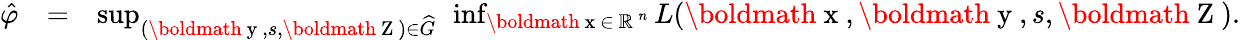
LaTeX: \begin{array}{rlr}{\hat{\varphi}}&{=}&{\operatorname*{sup}_{(\mathrm{\boldmath~y~},s,\mathrm{\boldmath~Z~})\in\widehat{G}}\ \operatorname*{inf}_{\mathrm{\boldmath~x~}\in\mathrm{~\mathbb{R}~}^{n}}L(\mathrm{\boldmath~x~},\mathrm{\boldmath~y~},s,\mathrm{\boldmath~Z~}).}\end{array}